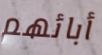
أبائهم